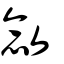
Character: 敜